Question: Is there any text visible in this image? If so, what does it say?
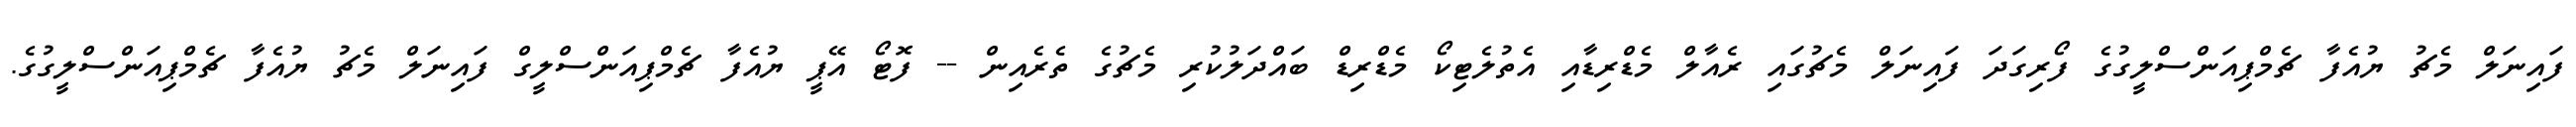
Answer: ފައިނަލް މެޗު ޔުއެފާ ޗެމްޕިއަންސްލީގުގެ ފޯރިގަދަ ފައިނަލް މެޗުގައި ރެއާލް މެޑްރިޑާއި އެތުލެޓިކޯ މެޑްރިޑް ބައްދަލުކުރި މެޗުގެ ތެރެއިން -- ފޮޓޯ އޭޕީ ޔުއެފާ ޗެމްޕިއަންސްލީގް ފައިނަލް މެޗު ޔުއެފާ ޗެމްޕިއަންސްލީގުގެ.